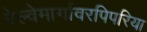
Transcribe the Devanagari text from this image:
रेल्वेमार्गावरपिपरिया